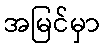
အမြင်မှာ